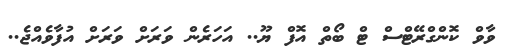
ވާވް ކޮންގްރޭޓްސް ޓް ބޯތް އޮފް ޔޫ.. އަހަރެން ވަރަށް ވަރަށް އުފާވެއްޖެ..